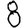
Digit: 8